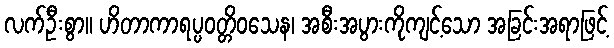
လက်ဦးစွာ။ ဟိတာကာရပ္ပဝတ္တိဝသေန၊ အစီးအပွားကိုကျင့်သော အခြင်းအရာဖြင့်